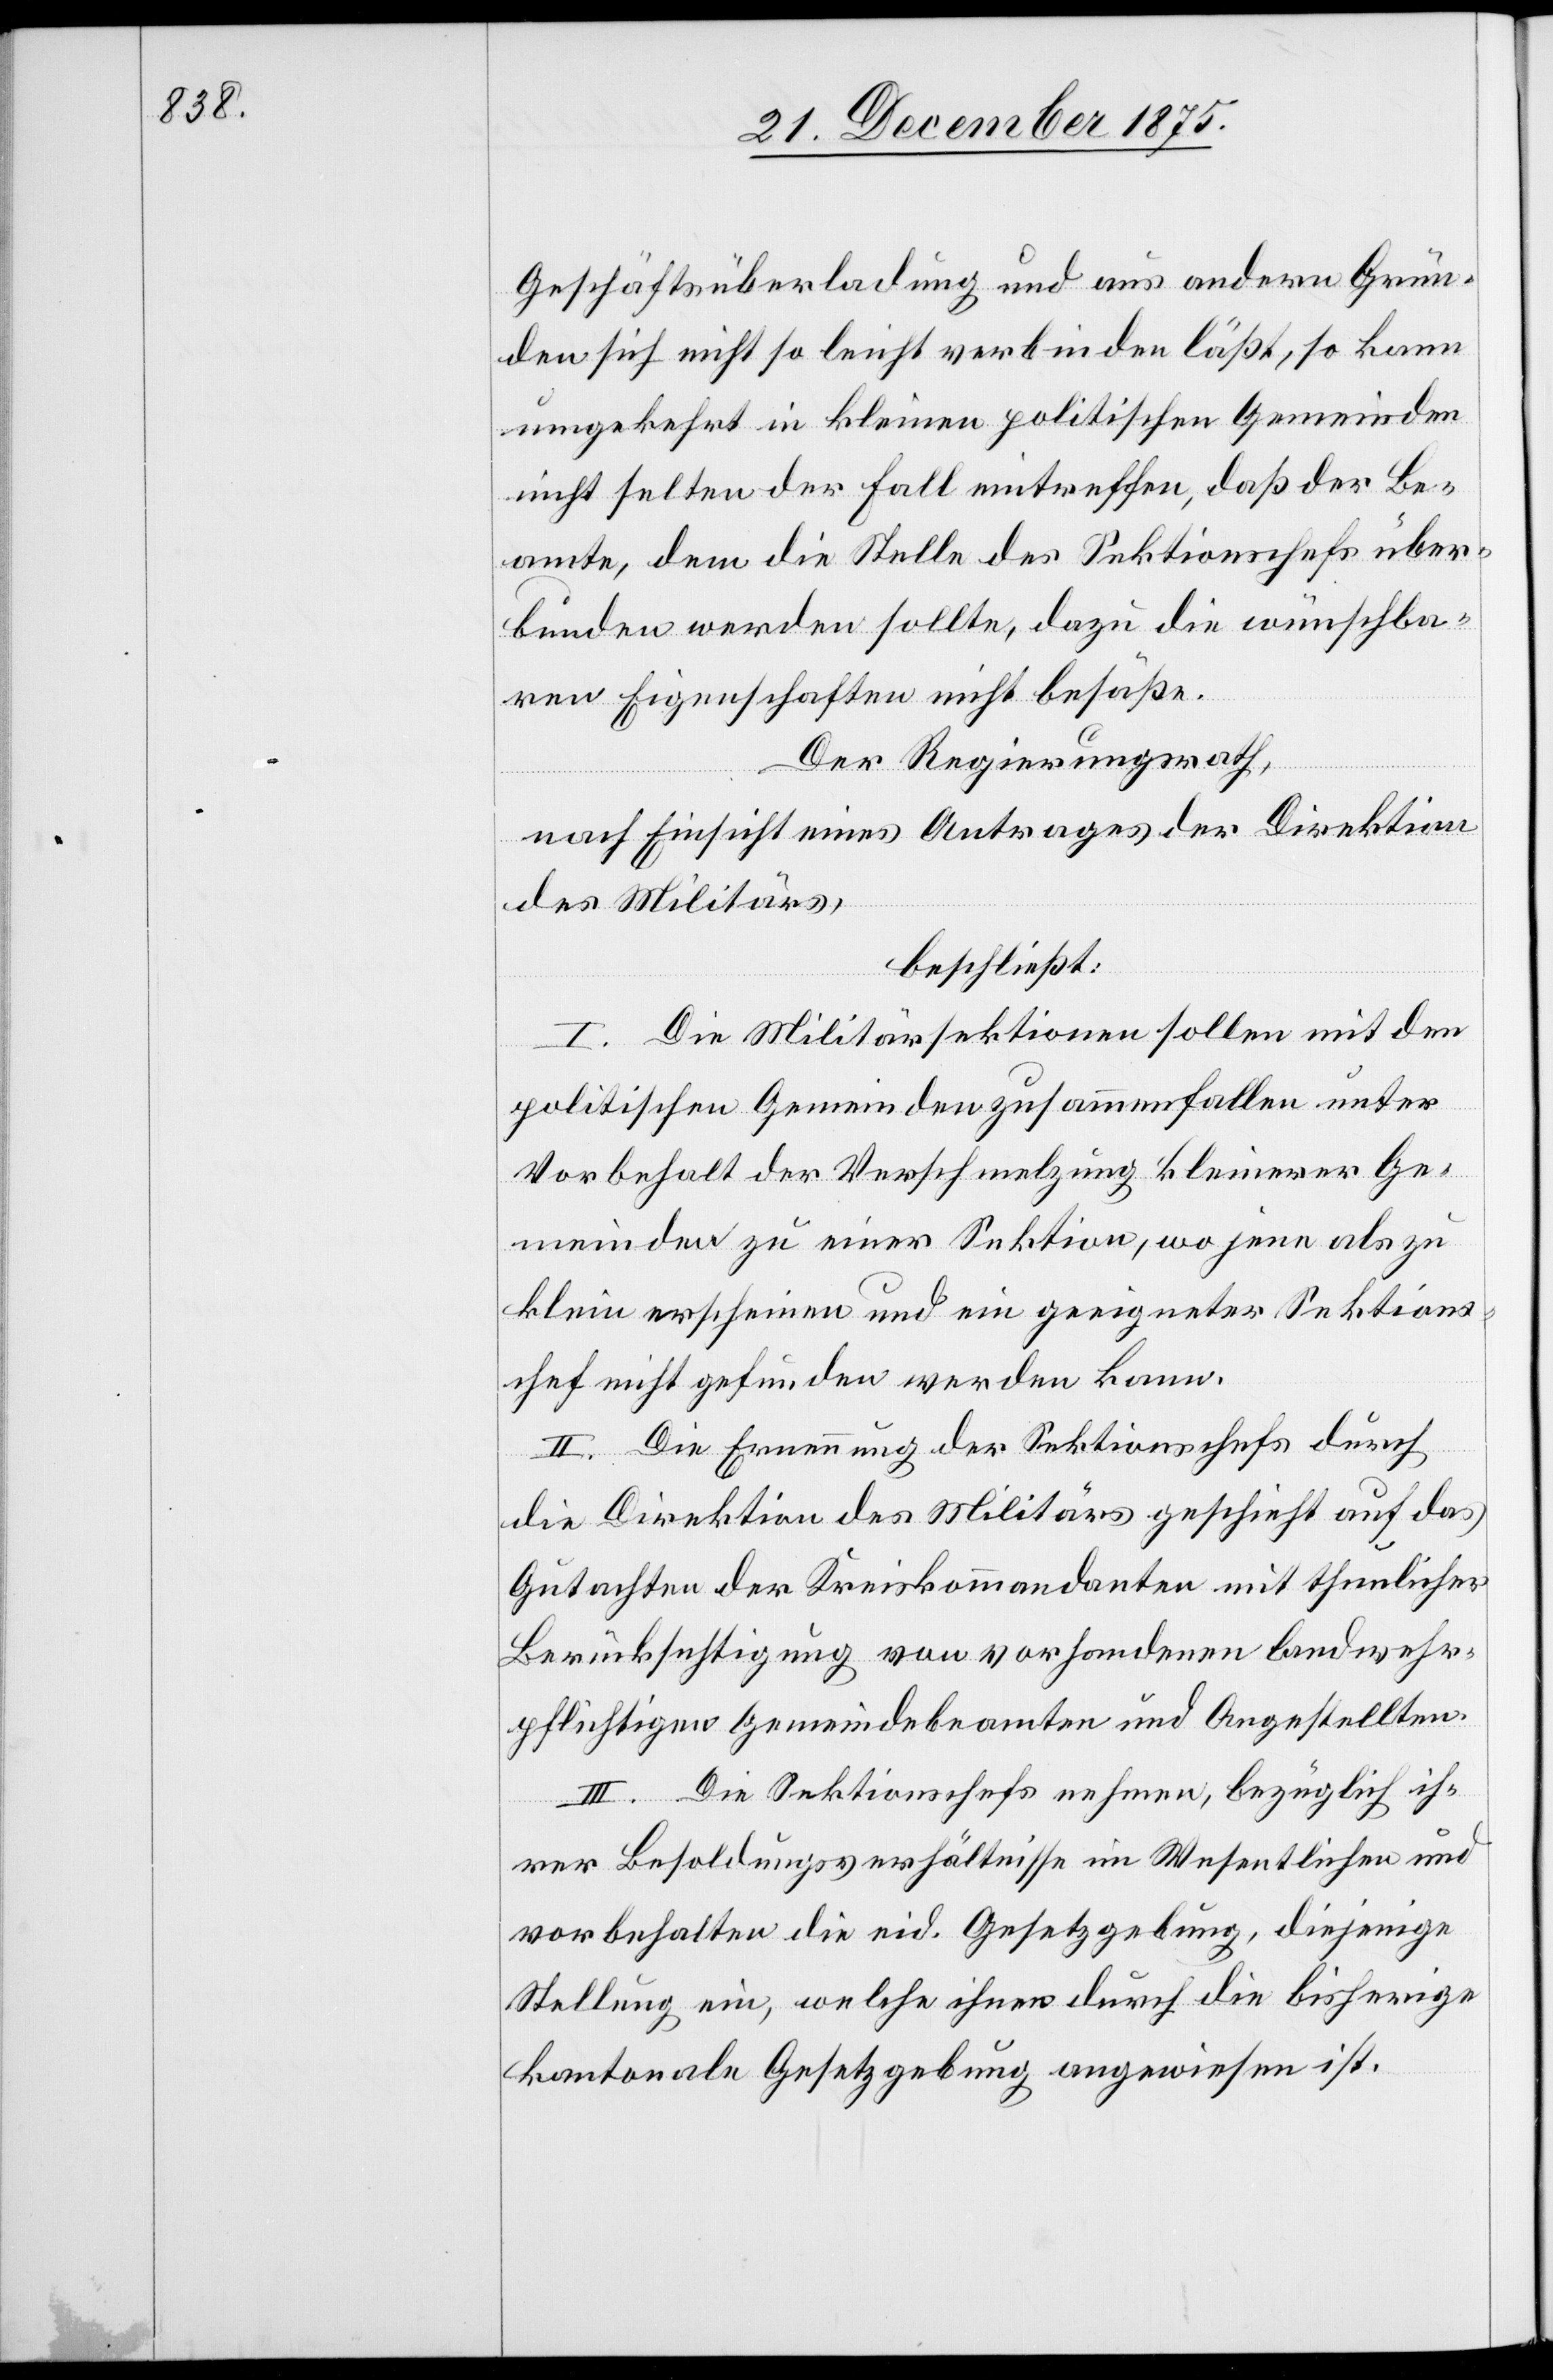
Geschäftsüberladung und aus andern Grün¬
den sich nicht so leicht verbinden läßt, so kann
umgekehrt in kleinen politischen Gemeinden
nicht selten der Fall eintreffen, daß der Be¬
amte, dem die Stelle des Sektionschefs über¬
bunden werden sollte, dazu die wünschba¬
ren Eigenschaften nicht besäße.
Der Regierungsrath,
nach Einsicht eines Antrages der Direktion
des Militärs,
beschließt:
I. Die Militärsektionen sollen mit den
politischen Gemeinden zusammenfallen unter
Vorbehalt der Verschmelzung kleinerer Ge¬
meinden zu einer Sektion, wo jene als zu
klein erscheinen und ein geeigneter Sektions¬
chef nicht gefunden werden kann.
II. Die Ernennung der Sektionschefs durch
die Direktion des Militärs geschieht auf das
Gutachten der Kreiskommandanten mit thunlicher
Berücksichtigung von vorhandenen landwehr¬
pflichtigen Gemeindebeamten und Angestellten.
III. Die Sektionschefs nehmen, bezüglich ih¬
rer Besoldungsverhältnisse im Wesentlichen und
vorbehalten die eid. Gesetzgebung, diejenige
Stellung ein, welche ihnen durch die bisherige
kantonale Gesetzgebung angewiesen ist.